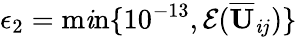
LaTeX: \epsilon_{2}=\operatorname*{m\mathit{i}n}\{ 10^{-13},\mathcal{{E}}(\overline{{{\mathbf{{U}}}}}_{\mathit{i}j})\}